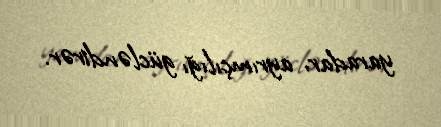
yaradar, ayrımçılığı gücləndirər.